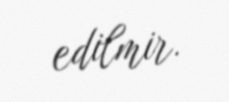
edilmir.